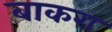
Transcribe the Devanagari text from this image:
बाकरा